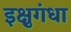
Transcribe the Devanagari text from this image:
इक्षुगंधा